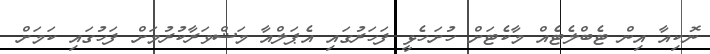
ނޮކިއާ އިން ޓެބްލެޓެއް މާކެޓަށް ހުށަހެޅީ ފަހަރުގައި އެޕަލްއާ މަޝްވަރާކުރުމަށް ފަހުގައި ކަމަށް